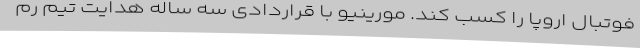
فوتبال اروپا را کسب کند. مورینیو با قراردادی سه ساله هدایت تیم رم